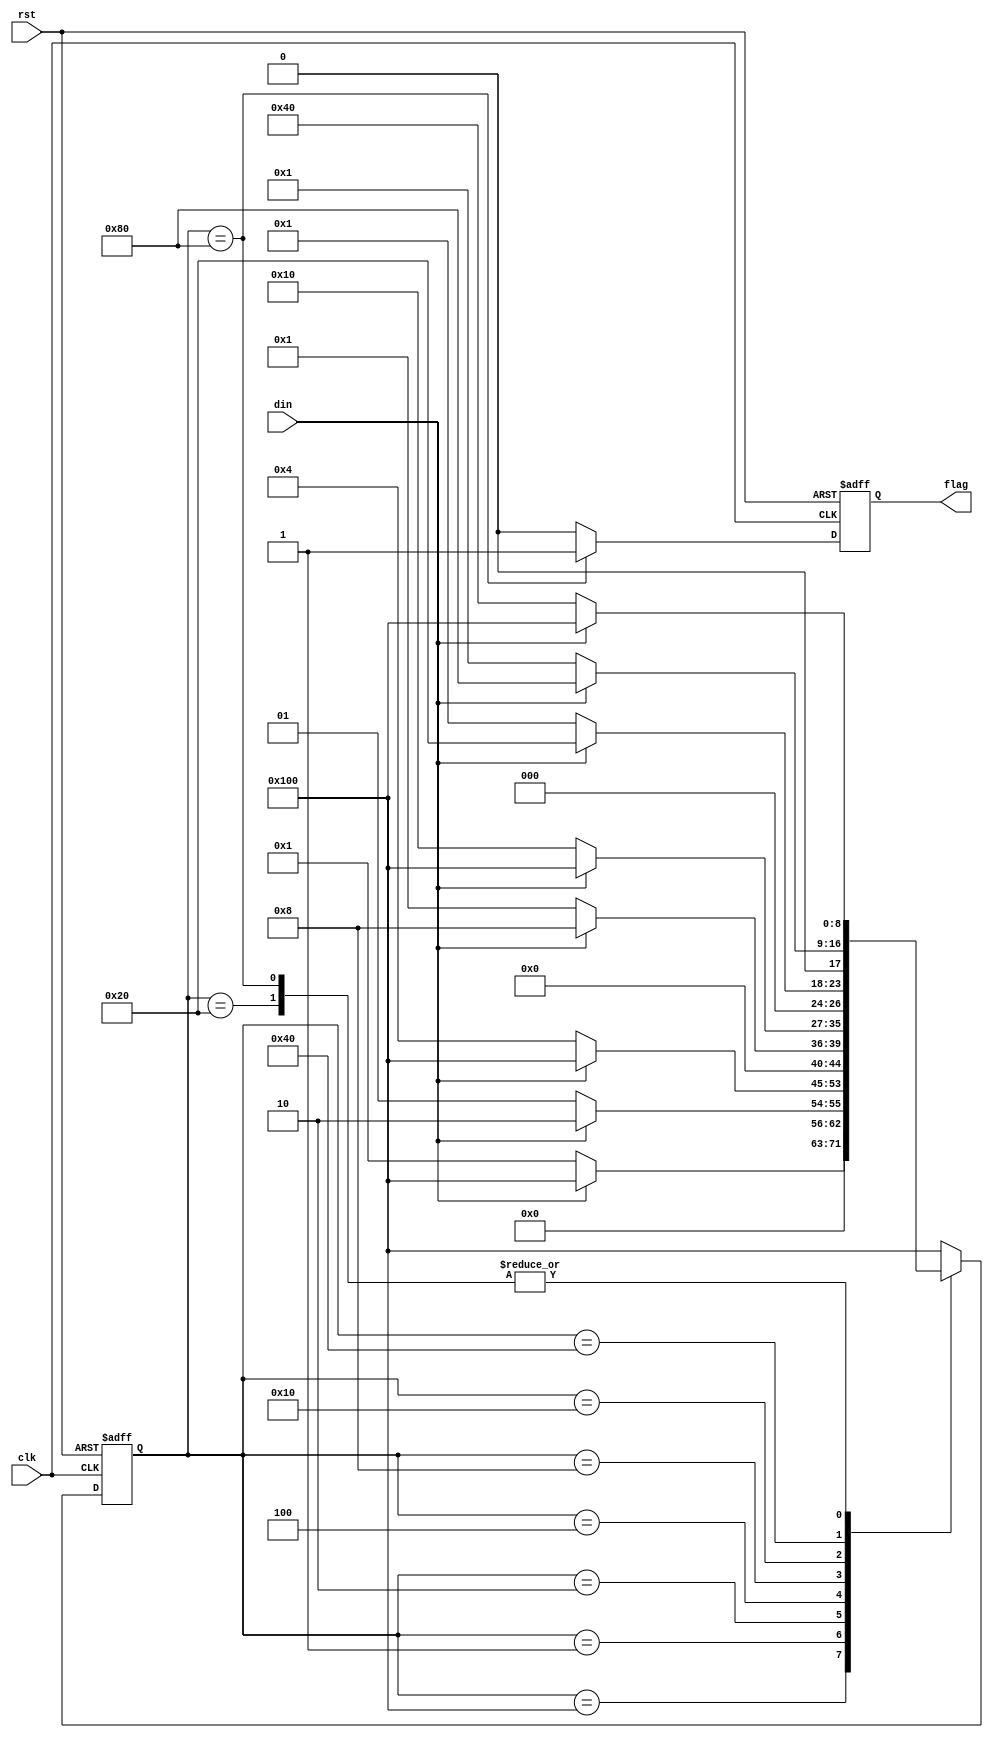
module moore(output reg flag, input din, clk, rst);
    reg [8:0] state;
    parameter   IDLE = 9'b1_0000_0000,
                A = 9'b0_0000_0001, 
                B = 9'b0_0000_0010,
                C = 9'b0_0000_0100, 
                D = 9'b0_0000_1000,
                E = 9'b0_0001_0000, 
                F = 9'b0_0010_0000,
                G = 9'b0_0100_0000, 
                H = 9'b0_1000_0000;
    
    always @(posedge clk, posedge rst) begin
        if( rst ) begin state <= IDLE; flag <= 1'b0;    end
        else begin
            flag <= (state == H) ? 1'b1 : 1'b0;
            case (state)
                IDLE:state <= (din) ? IDLE  : A ; 
                A:   state <= (din) ? B     : A ; 
                B:   state <= (din) ? IDLE  : C ; 
                C:   state <= (din) ? D     : A ; 
                D:   state <= (din) ? IDLE  : E ; 
                E:   state <= (din) ? F     : A ; 
                F:   state <= (din) ? IDLE  : G ; 
                G:   state <= (din) ? H     : A ; 
                H:   state <= (din) ? IDLE  : G ; 
                default:    state <= IDLE;
            endcase
        end
    end
endmodule